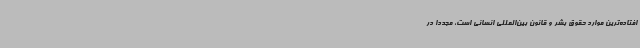
افتاده‌ترین موارد حقوق بشر و قانون بین‌المللی انسانی است، مجدداً در